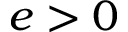
e > 0